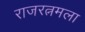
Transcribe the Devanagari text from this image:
राजरत्नमला